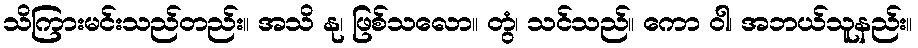
သိကြားမင်းသည်တည်း။ အသိ နု၊ ဖြစ်သလော။ တွံ၊ သင်သည်။ ကော ဝါ၊ အဘယ်သူနည်း။